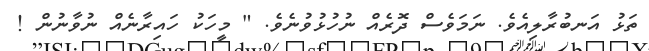
ތަޅު އަނބުރާލިއެވެ. ނަމަވެސް ދޮރެއް ނުހުޅުވުނެވެ. " މީހަކު ހައިރާނެއް ނުވާނުން !